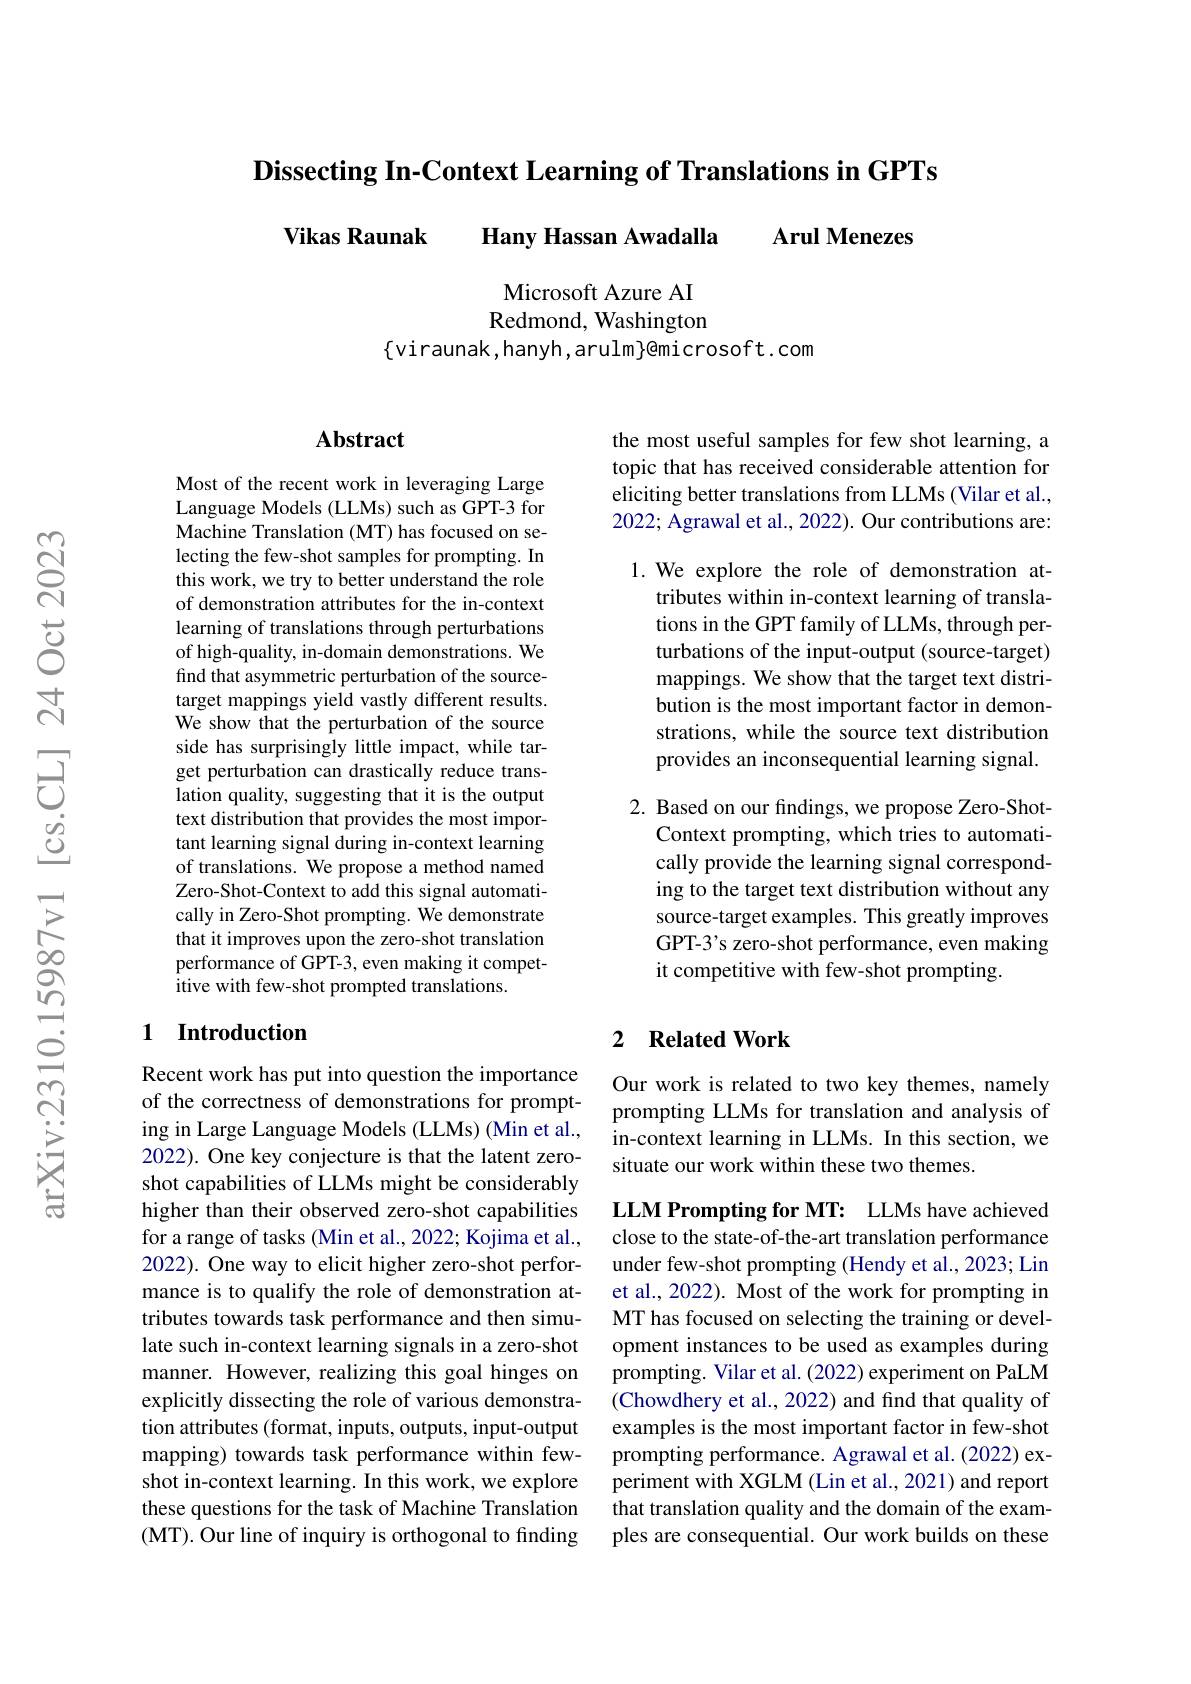
Dissecting In-Context Learning of Translations in GPTs
## Arul Menezes
Vikas Raunak Hany Hassan Awadalla

Microsoft Azure AI Redmond, Washington
$\{$viraunak,hanyh,arulm}emicrosoft.com

## Abstract

Most of the recent work in leveraging Large Language Models (LLMs) such as GPT-3 for Machine Translation (MT) has focused on selecting the few-shot samples for prompting. In this work, we try to better understand the role of demonstration attributes for the in-context learning of translations through perturbations of high-quality, in-domain demonstrations. We find that asymmetric perturbation of the sourcetarget mappings yield vastly different results. We show that the perturbation of the source side has surprisingly little impact, while target perturbation can drastically reduce translation quality, suggesting that it is the output text distribution that provides the most important learning signal during in-context learning of translations. We propose a method named Zero-Shot-Context to add this signal automatically in Zero-Shot prompting. We demonstrate that it improves upon the zero-shot translation performance of GPT-3, even making it competitive with few-shot prompted translations.

## 1 Introduction

Recent work has put into question the importance of the correctness of demonstrations for prompting in Large Language Models (LLMs) (Min et al., 2022). One key conjecture is that the latent zeroshot capabilities of LLMs might be considerably higher than their observed zero-shot capabilities for a range of tasks (Min et al., 2022; Kojima et al., 2022). One way to elicit higher zero-shot performance is to qualify the role of demonstration attributes towards task performance and then simulate such in-context learning signals in a zero-shot manner. However, realizing this goal hinges on explicitly dissecting the role of various demonstration attributes (format, inputs, outputs, input-output mapping) towards task performance within fewshot in-context learning. In this work, we explore these questions for the task of Machine Translation (MT). Our line of inquiry is orthogonal to finding

the most useful samples for few shot learning, a topic that has received considerable attention for eliciting better translations from LLMs (Vilar et al., 2022; Agrawal et al., 2022). Our contributions are:

1.We explore the role of demonstration at-
tributes within in-context learning of translations in the GPT family of LLMs, through perturbations of the input-output (source-target) mappings. We show that the target text distribution is the most important factor in demonstrations, while the source text distribution provides an inconsequential learning signal.

2. Based on our findings, we propose Zero-Shot-
Context prompting, which tries to automatically provide the learning signal corresponding to the target text distribution without any source-target examples. This greatly improves GPT-3's zero-shot performance, even making it competitive with few-shot prompting.

## 2 $\textbf{Related Work}$

Our work is related to two key themes, namely prompting LLMs for translation and analysis of in-context learning in LLMs. In this section, we situate our work within these two themes.

LLM Prompting for MT: LLMs have achieved close to the state-of-the-art translation performance under few-shot prompting (Hendy et al., 2023; Lin et al., 2022). Most of the work for prompting in MT has focused on selecting the training or development instances to be used as examples during prompting. Vilar et al. (2022) experiment on PaLM (Chowdhery et al., 2022) and find that quality of examples is the most important factor in few-shot prompting performance. Agrawal et al. (2022) experiment with XGLM (Lin et al., 2021) and report that translation quality and the domain of the examples are consequential. Our work builds on these